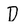
Character: D